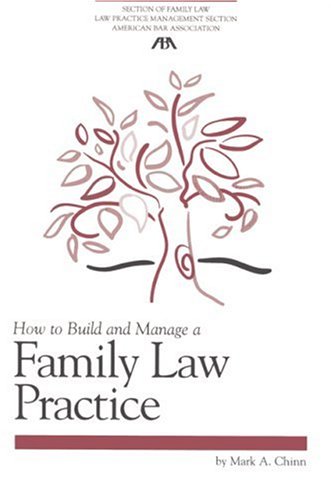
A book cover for How to Build and Manage a Family Law Practice (Practice-Building Series); Mark A. Chinn; Law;